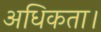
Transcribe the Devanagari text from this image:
अधिकता।